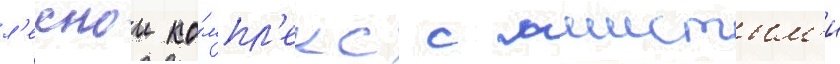
л'еснои ко́мпл'екс с мшистым'и